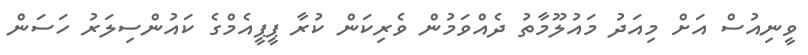
ވީނިއުސް އަށް މިއަދު މައުލޫމާތު ދެއްވަމުން ވެރިކަން ކުރާ ޕީޕީއެމްގެ ކައުންސިލަރު ހަސަން